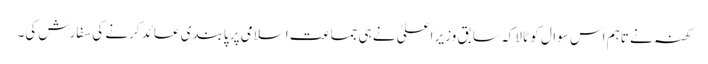
کھنہ نے تاہم اس سوال کو ٹالا کہ سابق وزیر اعلیٰ نے ہی جماعت اسلامی پر پابندی عائد کرنے کی سفارش کی۔